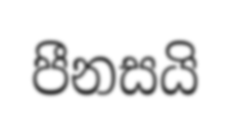
පීනසයි